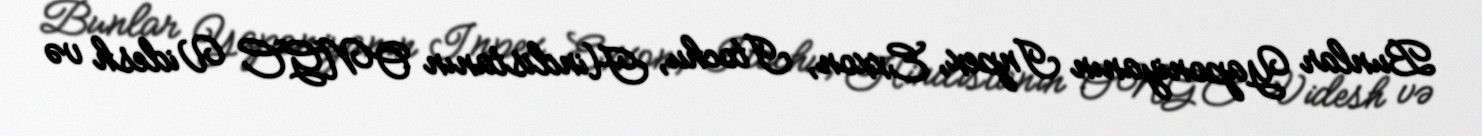
Bunlar Yaponiyanın Inpex, Exxon, Itochu, Hindistanın ONGC Videsh və